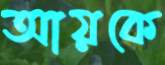
আয়কে